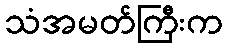
သံအမတ်ကြီးက